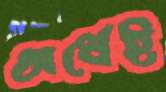
অর্ধেই